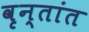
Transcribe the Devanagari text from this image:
वृन्तांत